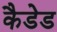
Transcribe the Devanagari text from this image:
कैडेड